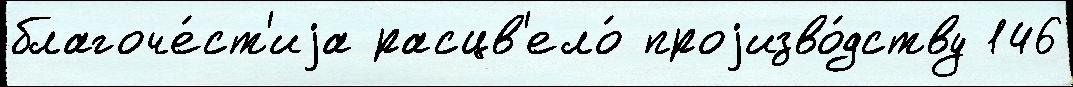
благоче́ст'иjа расцв'ело́ проjизво́дству 146